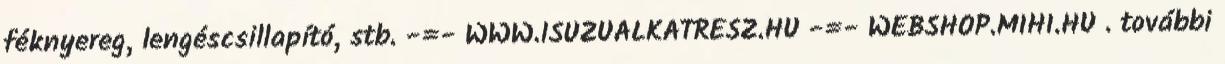
féknyereg, lengéscsillapító, stb. -=- WWW.ISUZUALKATRESZ.HU -=- WEBSHOP.MIHI.HU . további